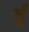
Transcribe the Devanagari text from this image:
र्तृ